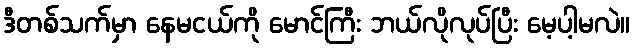
ဒီတစ်သက်မှာ နေမငယ်ကို မောင်ကြီး ဘယ်လိုလုပ်ပြီး မေ့ပါ့မလဲ။